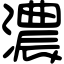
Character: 濃